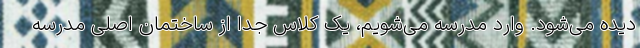
دیده می‌شود. وارد مدرسه می‌شویم، یک کلاس جدا از ساختمان اصلی مدرسه